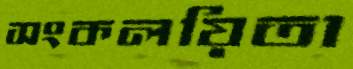
সংকলয়িতা